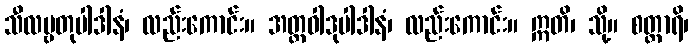
သီလဗ္ဗတုပါဒါနံ၊ လည်းကောင်း။ အတ္တဝါဒုပါဒါနံ၊ လည်းကောင်း။ ဣတိ၊ သို့။ စတ္တာရိ၊